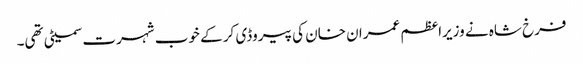
فرخ شاہ نے وزیراعظم عمران خان کی پیروڈی کر کے خوب شہرت سمیٹی تھی۔